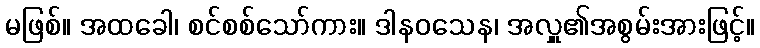
မဖြစ်။ အထခေါ၊ စင်စစ်သော်ကား။ ဒါနဝသေန၊ အလှူ၏အစွမ်းအားဖြင့်။